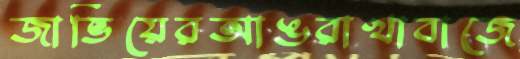
জাভিয়েরআঙরাখাবাজে